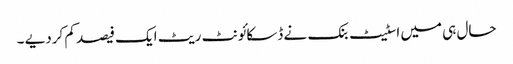
حال ہی میں اسٹیٹ بنک نے ڈسکائونٹ ریٹ ایک فیصد کم کردیے ۔